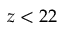
z < 2 2